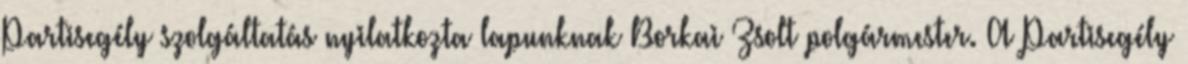
Partisegély szolgáltatás nyilatkozta lapunknak Borkai Zsolt polgármester. A Partisegély